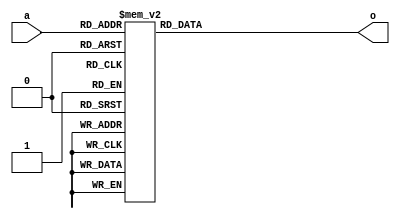
module nes_zybo_wrapper_X99(a,o);
	input[5:0]  a;
	output reg[7:0]  o;
	always @(a)
	begin
		case(a)
			6'b000000: o = 8'b01101101;
			6'b000001: o = 8'b00100010;
			6'b000010: o = 8'b00000010;
			6'b000011: o = 8'b01000010;
			6'b000100: o = 8'b10000001;
			6'b000101: o = 8'b10100000;
			6'b000110: o = 8'b10100000;
			6'b000111: o = 8'b01100000;
			6'b001000: o = 8'b01000100;
			6'b001001: o = 8'b00001000;
			6'b001010: o = 8'b00001000;
			6'b001011: o = 8'b00000100;
			6'b001100: o = 8'b00000101;
			6'b001101: o = 8'b00000000;
			6'b001110: o = 8'b00000000;
			6'b001111: o = 8'b00000000;
			6'b010000: o = 8'b10110110;
			6'b010001: o = 8'b00001111;
			6'b010010: o = 8'b00100111;
			6'b010011: o = 8'b10000011;
			6'b010100: o = 8'b10100010;
			6'b010101: o = 8'b11100001;
			6'b010110: o = 8'b11000100;
			6'b010111: o = 8'b11001000;
			6'b011000: o = 8'b10001100;
			6'b011001: o = 8'b00010000;
			6'b011010: o = 8'b00010100;
			6'b011011: o = 8'b00010000;
			6'b011100: o = 8'b00010010;
			6'b011101: o = 8'b00000000;
			6'b011110: o = 8'b00000000;
			6'b011111: o = 8'b00000000;
			6'b100000: o = 8'b11111111;
			6'b100001: o = 8'b00110111;
			6'b100010: o = 8'b01010011;
			6'b100011: o = 8'b10110011;
			6'b100100: o = 8'b11101111;
			6'b100101: o = 8'b11101110;
			6'b100110: o = 8'b11101101;
			6'b100111: o = 8'b11110000;
			6'b101000: o = 8'b11110100;
			6'b101001: o = 8'b10011000;
			6'b101010: o = 8'b01011001;
			6'b101011: o = 8'b01011110;
			6'b101100: o = 8'b00011111;
			6'b101101: o = 8'b00000000;
			6'b101110: o = 8'b00000000;
			6'b101111: o = 8'b00000000;
			6'b110000: o = 8'b11111111;
			6'b110001: o = 8'b10111111;
			6'b110010: o = 8'b11011011;
			6'b110011: o = 8'b11011011;
			6'b110100: o = 8'b11111011;
			6'b110101: o = 8'b11111011;
			6'b110110: o = 8'b11110110;
			6'b110111: o = 8'b11111010;
			6'b111000: o = 8'b11111110;
			6'b111001: o = 8'b11111110;
			6'b111010: o = 8'b10111110;
			6'b111011: o = 8'b10111111;
			6'b111100: o = 8'b10011111;
			6'b111101: o = 8'b00000000;
			6'b111110: o = 8'b00000000;
			6'b111111: o = 8'b00000000;
// defaults of ALL_0 and ALL_X are never routine to input pla. ALL_X,ALL_1 are expanded by me. Output never has default
//			 Parallel mux
		endcase
	end
endmodule